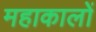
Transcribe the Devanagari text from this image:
महाकालों